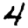
Digit: 4